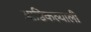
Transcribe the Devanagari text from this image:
आडिकल्याली